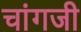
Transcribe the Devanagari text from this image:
चांगजी